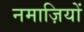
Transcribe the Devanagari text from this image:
नमाज़ियों